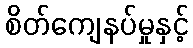
စိတ်ကျေနပ်မှုနှင့်